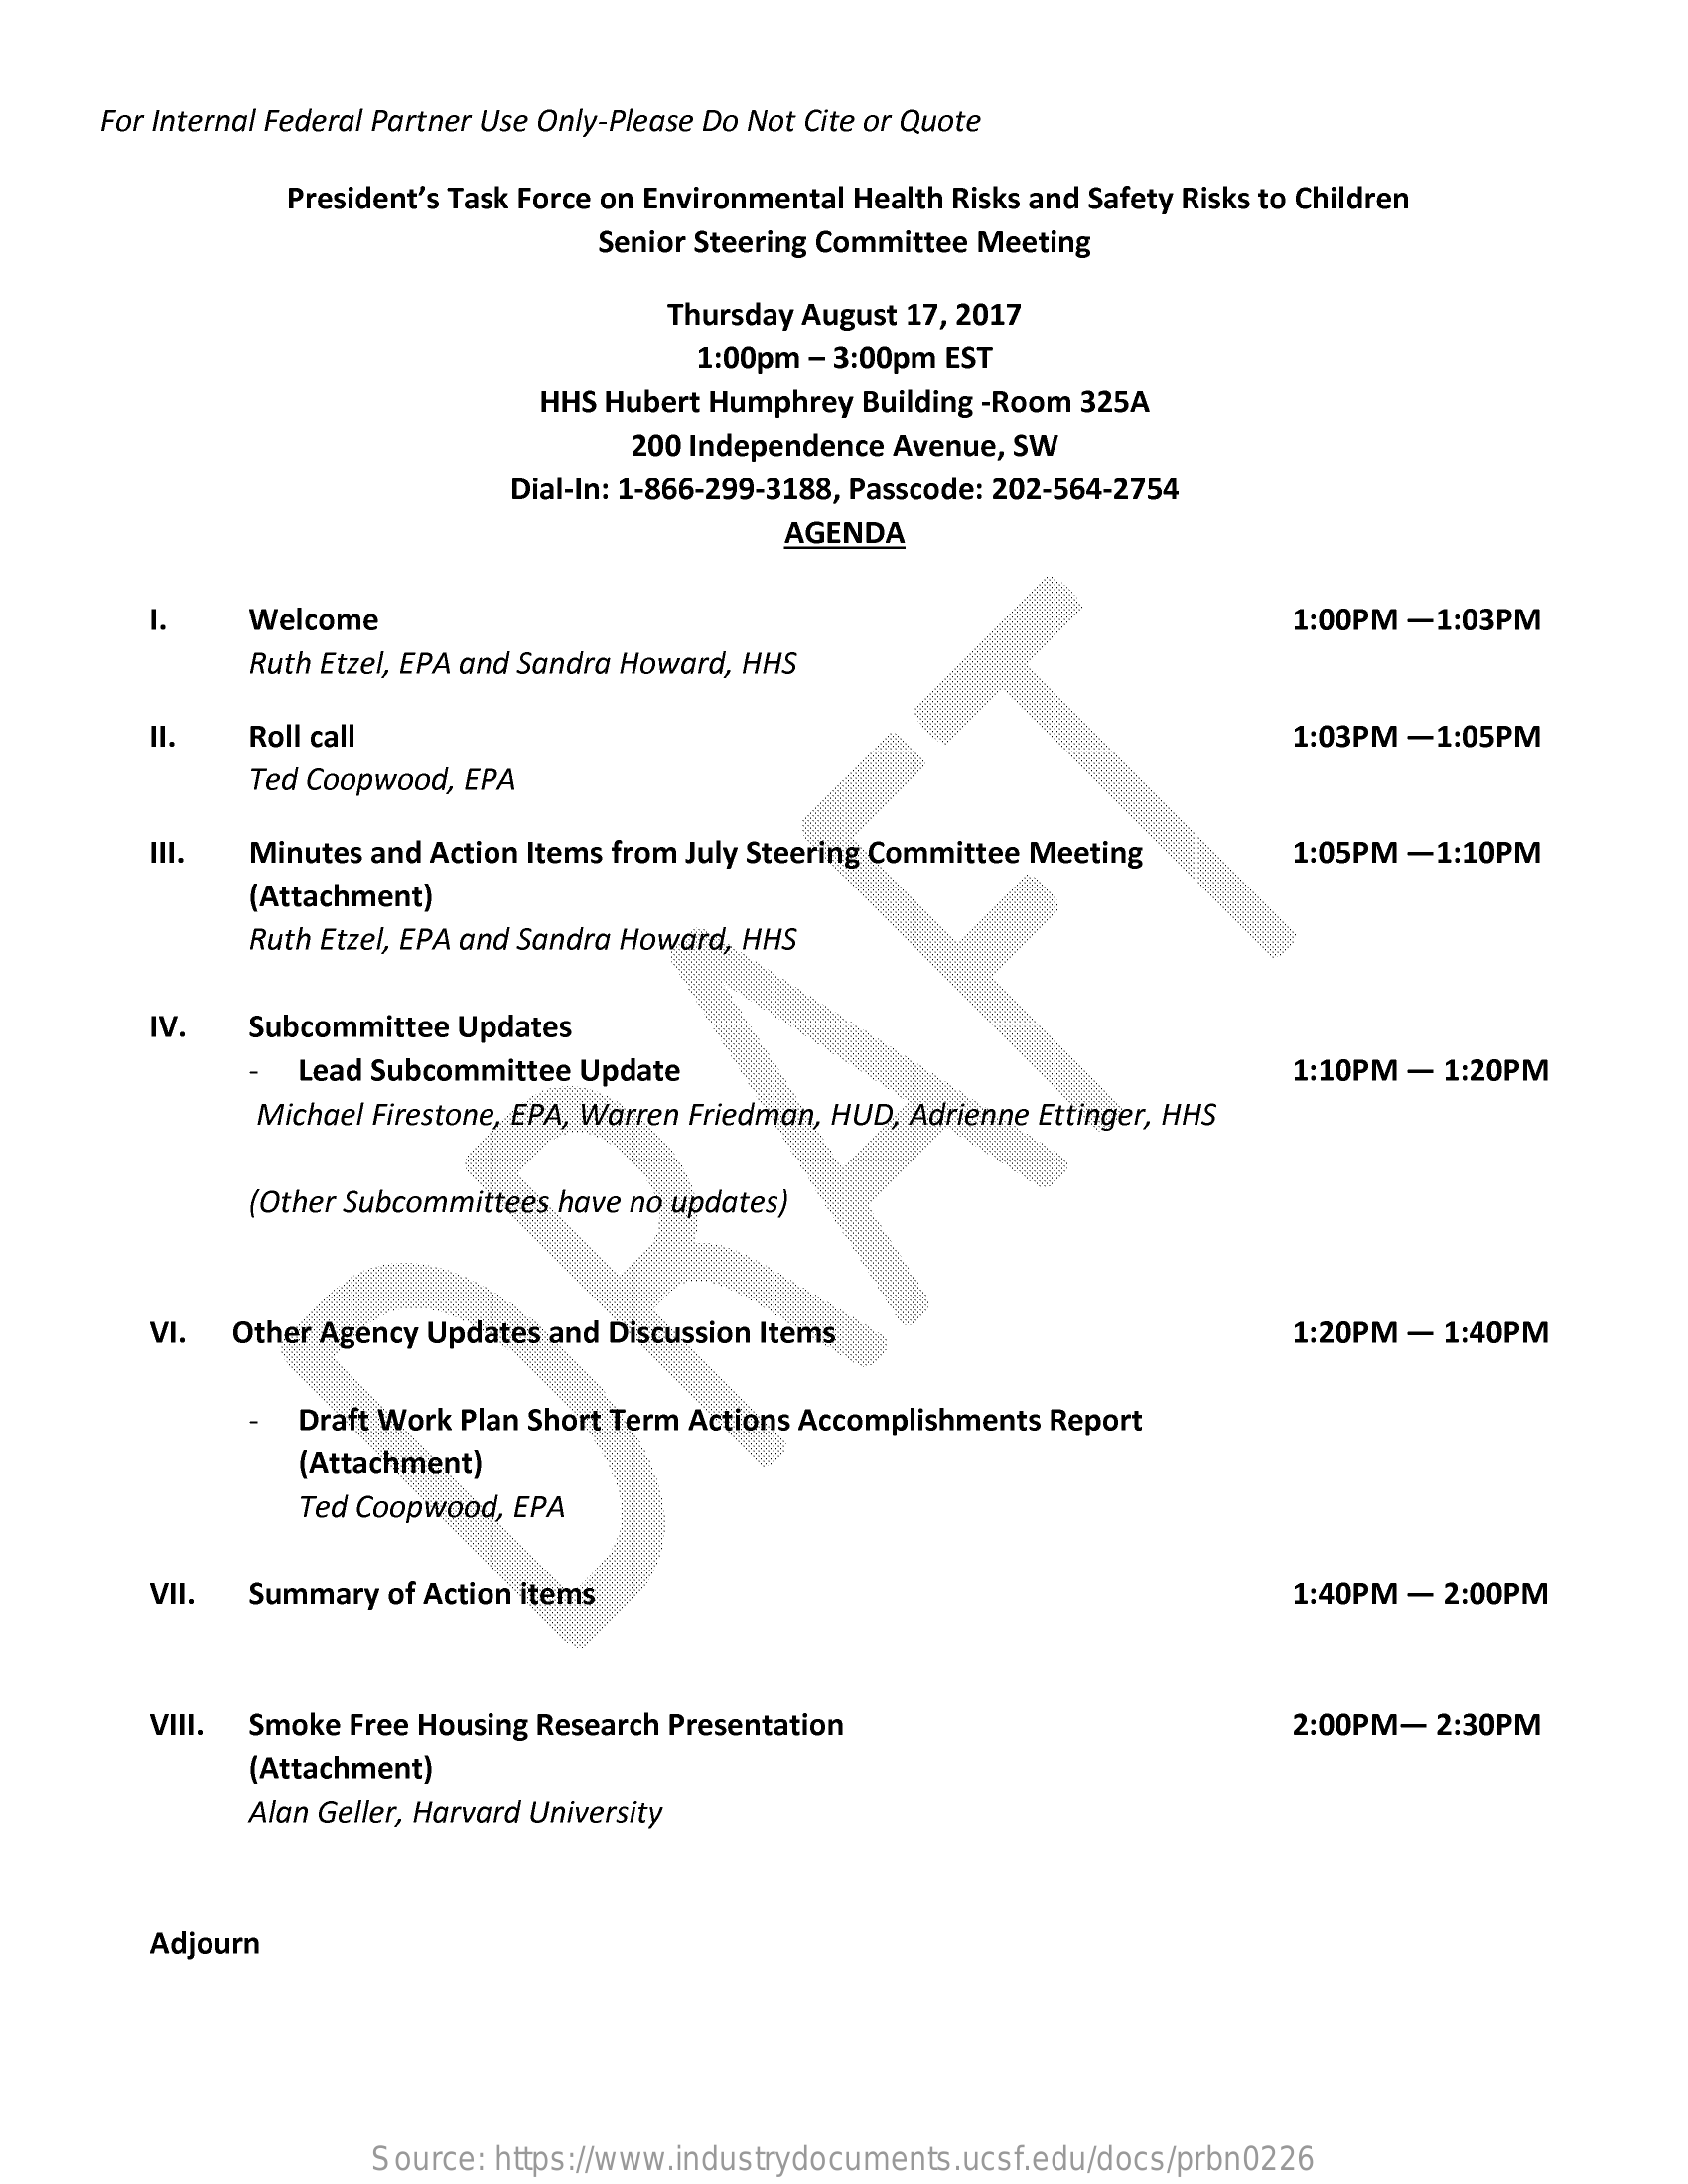
For Internal Federal Partner Use Only-Please Do Not Cite or Quote
     President's Task Force on Environmental Health Risks and Safety Risks to Children
     Senior Steering Committee Meeting
     Thursday August 17, 2017
     1:00pm - 3:00pm EST
     HHS Hubert Humphrey Building -Room 325A
     200 Independence Avenue, SW
     Dial-In: 1-866-299-3188, Passcode: 202-564-2754
     AGENDA
     1.   Welcome    1:00PM -1:03PM
     Ruth Etzel, EPA and Sandra Howard, HHS
     II.  Roll call    1:03PM -1:05PM
     Ted Coopwood, EPA
     III. Minutes and Action Items from July Steering Committee Meeting 1:05PM -1:10PM
     (Attachment)
     Ruth Etzel, EPA and Sandra Howard, HHS
     IV.  Subcommittee Updates
     Lead Subcommittee Update    1:10PM - 1:20PM
     Michael Firestone, EPA, Warren Friedman, HUD, Adrienne Ettinger, HHS
     (Other Subcommittees have no updates)
     VI. Other Agency Updates and Discussion Items    1:20PM - 1:40PM
     Draft Work Plan Short Term Actions Accomplishments Report
     (Attachment)
     Ted Coopwood, EPA
     VII. Summary of Action items    1:40PM - 2:00PM
     VIII. Smoke Free Housing Research Presentation    2:00PM- 2:30PM
     (Attachment)
     Alan Geller, Harvard University
     Adjourn
     Source: https://www.industrydocuments.ucsf.edu/docs/prbn0226